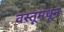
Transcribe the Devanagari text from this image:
वस्तूमधून